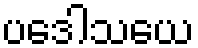
ပဒေါသယေ